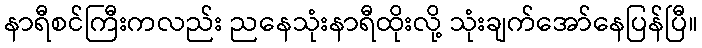
နာရီစင်ကြီးကလည်း ညနေသုံးနာရီထိုးလို့ သုံးချက်အော်နေပြန်ပြီ။